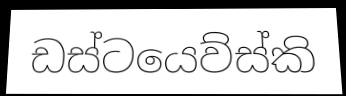
ඩස්ටයෙව්ස්කි